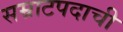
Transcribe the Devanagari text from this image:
सम्राटपदाची